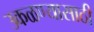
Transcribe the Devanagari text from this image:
उकळण्यासाठी